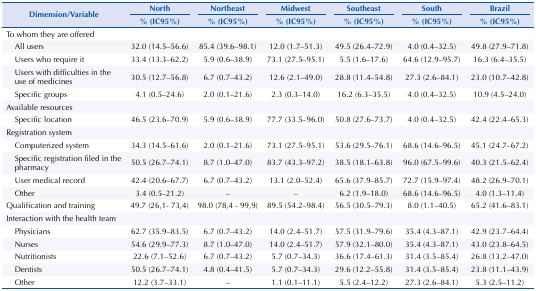
<table><thead><tr><td rowspan="3"><b>Dimension/Variable</b></td><td><b>North</b></td><td><b>Northeast</b></td><td><b>Midwest</b></td><td><b>Southeast</b></td><td><b>South</b></td><td><b>Brazil</b></td></tr><tr><td><b>% (IC95%)</b></td><td><b>% (IC95%)</b></td><td><b>% (IC95%)</b></td><td><b>% (IC95%)</b></td><td><b>% (IC95%)</b></td><td><b>% (IC95%)</b></td></tr></thead><tbody><tr><td colspan="7">To whom they are offered</td></tr><tr><td>All users</td><td>32.0 (14.5–56.6)</td><td>85.4 (39.6–98.1)</td><td>12.0 (1.7–51.3)</td><td>49.5 (26.4–72.9)</td><td>4.0 (0.4–32.5)</td><td>49.8 (27.9–71.8)</td></tr><tr><td>Users who require it</td><td>33.4 (13.3–62.2)</td><td>5.9 (0.6–38.9)</td><td>73.1 (27.5–95.1)</td><td>5.5 (1.6–17.6)</td><td>64.6 (12.9–95.7)</td><td>16.3 (6.4–35.5)</td></tr><tr><td>Users with difficulties in the use of medicines</td><td>30.5 (12.7–56.8)</td><td>6.7 (0.7–43.2)</td><td>12.6 (2.1–49.0)</td><td>28.8 (11.4–54.8)</td><td>27.3 (2.6–84.1)</td><td>23.0 (10.7–42.8)</td></tr><tr><td>Specific groups</td><td>4.1 (0.5–24.6)</td><td>2.0 (0.1–21.6)</td><td>2.3 (0.3–14.0)</td><td>16.2 (6.3–35.5)</td><td>4.0 (0.4–32.5)</td><td>10.9 (4.5–24.0)</td></tr><tr><td colspan="7">Available resources</td></tr><tr><td>Specific location</td><td>46.5 (23.6–70.9)</td><td>5.9 (0.6–38.9)</td><td>77.7 (33.5–96.0)</td><td>50.8 (27.6–73.7)</td><td>4.0 (0.4–32.5)</td><td>42.4 (22.4–65.3)</td></tr><tr><td colspan="7">Registration system</td></tr><tr><td>Computerized system</td><td>34.3 (14.5–61.6)</td><td>2.0 (0.1–21.6)</td><td>73.1 (27.5–95.1)</td><td>53.6 (29.5–76.1)</td><td>68.6 (14.6–96.5)</td><td>45.1 (24.7–67.2)</td></tr><tr><td>Specific registration filed in the pharmacy</td><td>50.5 (26.7–74.1)</td><td>8.7 (1.0–47.0)</td><td>83.7 (43.3–97.2)</td><td>38.5 (18.1–63.8)</td><td>96.0 (67.5–99.6)</td><td>40.3 (21.5–62.4)</td></tr><tr><td>User medical record</td><td>42.4 (20.6–67.7)</td><td>6.7 (0.7–43.2)</td><td>13.1 (2.0–52.4)</td><td>65.6 (37.9–85.7)</td><td>72.7 (15.9–97.4)</td><td>48.2 (26.9–70.1)</td></tr><tr><td>Other</td><td>3.4 (0.5–21.2)</td><td>–</td><td>–</td><td>6.2 (1.9–18.0)</td><td>68.6 (14.6–96.5)</td><td>4.0 (1.3–11.4)</td></tr><tr><td>Qualification and training</td><td>49.7 (26,1- 73,4)</td><td>98.0 (78,4 - 99,9)</td><td>89.5 (54.2–98.4)</td><td>56.5 (30.5–79.3)</td><td>8.0 (1.1–40.5)</td><td>65.2 (41.6–83.1)</td></tr><tr><td colspan="7">Interaction with the health team</td></tr><tr><td>Physicians</td><td>62.7 (35.9–83.5)</td><td>6.7 (0.7–43.2)</td><td>14.0 (2.4–51.7)</td><td>57.5 (31.9–79.6)</td><td>35.4 (4.3–87.1)</td><td>42.9 (23.7–64.4)</td></tr><tr><td>Nurses</td><td>54.6 (29.9–77.3)</td><td>8.7 (1.0–47.0)</td><td>14.0 (2.4–51.7)</td><td>57.9 (32.1–80.0)</td><td>35.4 (4.3–87.1)</td><td>43.0 (23.8–64.5)</td></tr><tr><td>Nutritionists</td><td>22.6 (7.1–52.6)</td><td>6.7 (0.7–43.2)</td><td>5.7 (0.7–34.3)</td><td>36.6 (17.4–61.3)</td><td>31.4 (3.5–85.4)</td><td>26.8 (13.2–47.0)</td></tr><tr><td>Dentists</td><td>50.5 (26.7–74.1)</td><td>4.8 (0.4–41.5)</td><td>5.7 (0.7–34.3)</td><td>29.6 (12.2–55.8)</td><td>31.4 (3.5–85.4)</td><td>23.8 (11.1–43.9)</td></tr><tr><td>Other</td><td>12.2 (3.7–33.1)</td><td>–</td><td>1.1 (0.1–11.1)</td><td>5.5 (2.4–12.2)</td><td>27.3 (2.6–84.1)</td><td>5.3 (2.5–11.2)</td></tr></tbody></table>